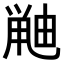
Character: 𫠘